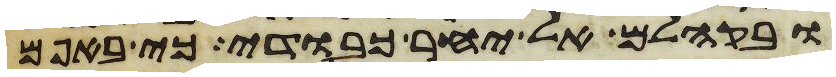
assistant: ובקהלם אל יחר כבודי כי באפם